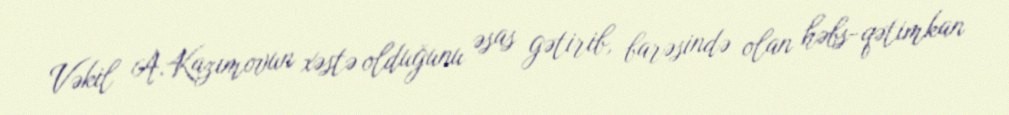
Vəkil A.Kazımovun xəstə olduğunu əsas gətirib, barəsində olan həbs-qətimkan